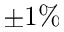
\pm 1 \%